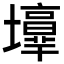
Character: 𡓑